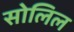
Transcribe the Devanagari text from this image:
सोलिल